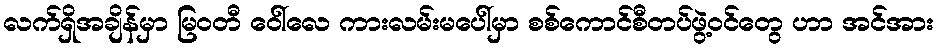
လက်ရှိအချိန်မှာ မြဝတီ ဝေါ်လေ ကားလမ်းမပေါ်မှာ စစ်ကောင်စီတပ်ဖွဲ့ဝင်တွေ ဟာ အင်အား